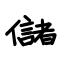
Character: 儲